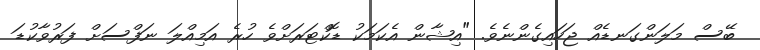
ބޭސް މަލަންގަނޑެއް ޖަހައިގެންނެވެ. "އިޝާން އެކަމަކު ޑޮކްޓަރަށްވެ ހުރެ އަމިއްލަ ނަފްސަށް ފަރުވާކުޑަ